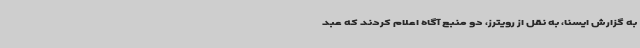
به گزارش ایسنا، به نقل از رویترز، دو منبع آگاه اعلام کردند که عبد